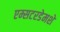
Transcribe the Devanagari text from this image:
एम्सटरडेमशे